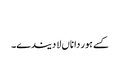
‏
کسے ہور دا ناں لا دیندے۔